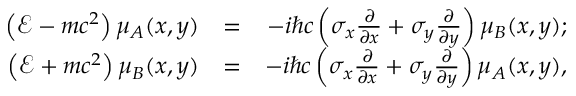
\begin{array} { r l r } { \left( \mathcal { E } - m c ^ { 2 } \right) \mu _ { A } ( x , y ) } & { = } & { - i \hbar c \left( \sigma _ { x } \frac { \partial } { \partial x } + \sigma _ { y } \frac { \partial } { \partial y } \right) \mu _ { B } ( x , y ) ; } \\ { \left( \mathcal { E } + m c ^ { 2 } \right) \mu _ { B } ( x , y ) } & { = } & { - i \hbar c \left( \sigma _ { x } \frac { \partial } { \partial x } + \sigma _ { y } \frac { \partial } { \partial y } \right) \mu _ { A } ( x , y ) , } \end{array}